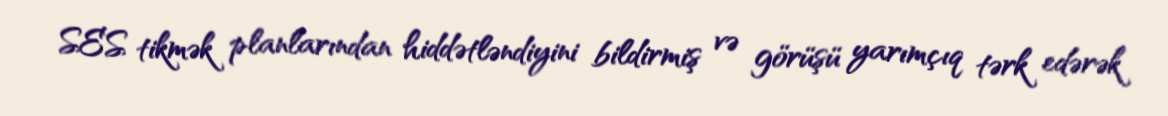
SES tikmək planlarından hiddətləndiyini bildirmiş və görüşü yarımçıq tərk edərək